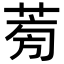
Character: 𦱘